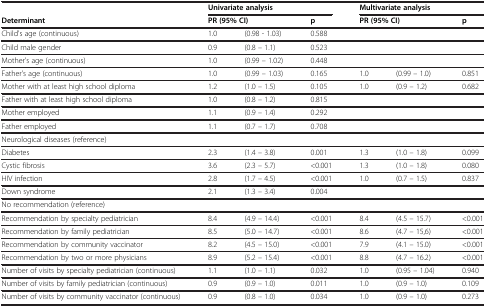
<table><thead><tr><td><b> </b></td><td colspan="3"><b>Univariate analysis</b></td><td colspan="3"><b>Multivariate analysis</b></td></tr><tr><td><b>Determinant</b></td><td colspan="2"><b>PR (95% CI)</b></td><td><b>p</b></td><td colspan="2"><b>PR (95% CI)</b></td><td><b>p</b></td></tr></thead><tbody><tr><td>Child&#x27;s age (continuous)</td><td>1.0</td><td>(0.98 - 1.03)</td><td>0.588</td><td> </td><td> </td><td> </td></tr><tr><td>Child male gender</td><td>0.9</td><td>(0.8 – 1.1)</td><td>0.523</td><td> </td><td> </td><td> </td></tr><tr><td>Mother&#x27;s age (continuous)</td><td>1.0</td><td>(0.99 – 1.02)</td><td>0.448</td><td> </td><td> </td><td> </td></tr><tr><td>Father&#x27;s age (continuous)</td><td>1.0</td><td>(0.99 – 1.03)</td><td>0.165</td><td>1.0</td><td>(0.99 – 1.0)</td><td>0.851</td></tr><tr><td>Mother with at least high school diploma</td><td>1.2</td><td>(1.0 – 1.5)</td><td>0.105</td><td>1.0</td><td>(0.9 – 1.2)</td><td>0.682</td></tr><tr><td>Father with at least high school diploma</td><td>1.0</td><td>(0.8 – 1.2)</td><td>0.815</td><td> </td><td> </td><td> </td></tr><tr><td>Mother employed</td><td>1.1</td><td>(0.9 – 1.4)</td><td>0.292</td><td> </td><td> </td><td> </td></tr><tr><td>Father employed</td><td>1.1</td><td>(0.7 – 1.7)</td><td>0.708</td><td> </td><td> </td><td> </td></tr><tr><td>Neurological diseases (reference)</td><td> </td><td> </td><td> </td><td> </td><td> </td><td> </td></tr><tr><td>Diabetes</td><td>2.3</td><td>(1.4 – 3.8)</td><td>0.001</td><td>1.3</td><td>(1.0 – 1.8)</td><td>0.099</td></tr><tr><td>Cystic fibrosis</td><td>3.6</td><td>(2.3 – 5.7)</td><td>&lt;0.001</td><td>1.3</td><td>(1.0 – 1.8)</td><td>0.080</td></tr><tr><td>HIV infection</td><td>2.8</td><td>(1.7 – 4.5)</td><td>&lt;0.001</td><td>1.0</td><td>(0.7 – 1.5)</td><td>0.837</td></tr><tr><td>Down syndrome</td><td>2.1</td><td>(1.3 – 3.4)</td><td>0.004</td><td> </td><td> </td><td> </td></tr><tr><td>No recommendation (reference)</td><td> </td><td> </td><td> </td><td> </td><td> </td><td> </td></tr><tr><td>Recommendation by specialty pediatrician</td><td>8.4</td><td>(4.9 – 14.4)</td><td>&lt;0.001</td><td>8.4</td><td>(4.5 – 15.7)</td><td>&lt;0.001</td></tr><tr><td>Recommendation by family pediatrician</td><td>8.5</td><td>(5.0 – 14.7)</td><td>&lt;0.001</td><td>8.6</td><td>(4.7 – 15,6)</td><td>&lt;0.001</td></tr><tr><td>Recommendation by community vaccinator</td><td>8.2</td><td>(4.5 – 15.0)</td><td>&lt;0.001</td><td>7.9</td><td>(4.1 – 15.0)</td><td>&lt;0.001</td></tr><tr><td>Recommendation by two or more physicians</td><td>8.9</td><td>(5.2 – 15.4)</td><td>&lt;0.001</td><td>8.8</td><td>(4.7 – 16.2)</td><td>&lt;0.001</td></tr><tr><td>Number of visits by specialty pediatrician (continuous)</td><td>1.1</td><td>(1.0 – 1.1)</td><td>0.032</td><td>1.0</td><td>(0.95 – 1.04)</td><td>0.940</td></tr><tr><td>Number of visits by family pediatrician (continuous)</td><td>0.9</td><td>(0.9 – 1.0)</td><td>0.011</td><td>1.0</td><td>(0.9 – 1.0)</td><td>0.109</td></tr><tr><td>Number of visits by community vaccinator (continuous)</td><td>0.9</td><td>(0.8 – 1.0)</td><td>0.034</td><td>1.0</td><td>(0.9 – 1.0)</td><td>0.273</td></tr></tbody></table>